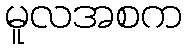
မူလအစက